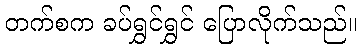
တက်စက ခပ်ရွှင်ရွှင် ပြောလိုက်သည်။